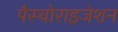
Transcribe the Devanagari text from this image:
पैस्चोराइजेशन